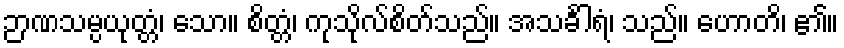
ဉာဏသမ္ပယုတ္တံ၊ သော။ စိတ္တံ၊ ကုသိုလ်စိတ်သည်။ အသင်္ခါရံ၊ သည်။ ဟောတိ၊ ၏။